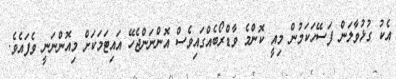
އެކު ގުޅުވާލަން ފަސޭހަކަމުން މިއީ ކޮންމެ ވާޑްރޯބެއްގައިވެސް އޮންނަންޖެހޭ އައިޓަމަަކަށް މިއޮންނަނީ ވެފައެވެ.